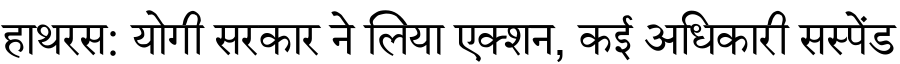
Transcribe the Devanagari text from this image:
हाथरस: योगी सरकार ने लिया एक्शन, कई अधिकारी सस्पेंड